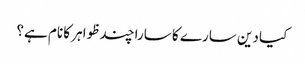
کیا دین سارے کا سارا چند ظواہر کا نام ہے؟